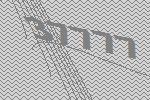
37777